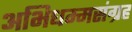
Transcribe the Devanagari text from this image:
अभिधम्मसंग्रह